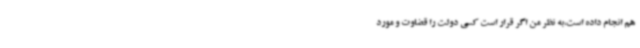
هم انجام داده است،به نظر من اگر قرار است کسی دولت را قضاوت و مورد